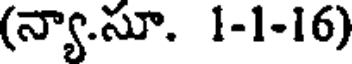
(న్యా.సూ. 1-1-16)